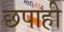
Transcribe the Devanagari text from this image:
छपाही